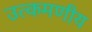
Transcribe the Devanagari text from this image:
उत्कमणीय